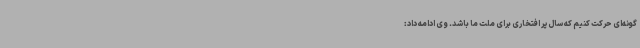
گونه‌ای حرکت کنیم که سال پر افتخاری برای ملت ما باشد. وی ادامه داد: